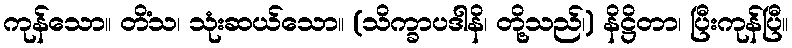
ကုန်သော။ တိံသ၊ သုံးဆယ်သော။ (သိက္ခာပဒါနိ၊ တို့သည်၊) နိဋ္ဌိတာ၊ ပြီးကုန်ပြီ။